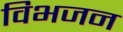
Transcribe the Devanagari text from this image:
विभजन